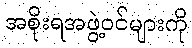
အစိုးရအဖွဲ့ဝင်များကို